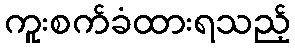
ကူးစက်ခံထားရသည့်